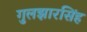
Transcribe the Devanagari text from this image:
गुलझारसिंह